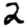
Digit: 2